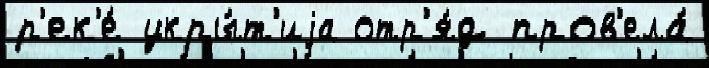
р'ек'е́ укры́т'иjа отр'я́д пров'ела́